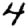
Digit: 4